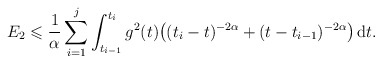
\begin{align*} E_2 \leqslant \frac1\alpha \sum_{i=1}^j \int_{t_{i-1}}^{t_i} g^2(t) \big( (t_i-t)^{-2\alpha} + (t-t_{i-1})^{-2\alpha} \big) \, \mathrm{d}t. \end{align*}